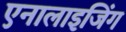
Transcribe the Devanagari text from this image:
एनालाइजिंग